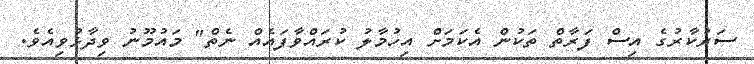
ސަރުކާރުގެ އިސް ފަރާތް ތަކުން އެކަމަށް އިހުމާލު ކުރައްވާފައެއް ނެތް" މައުމޫނު ވިދާޅުވިއެވެ.